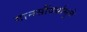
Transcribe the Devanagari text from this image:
गानसौंदर्यामुळे